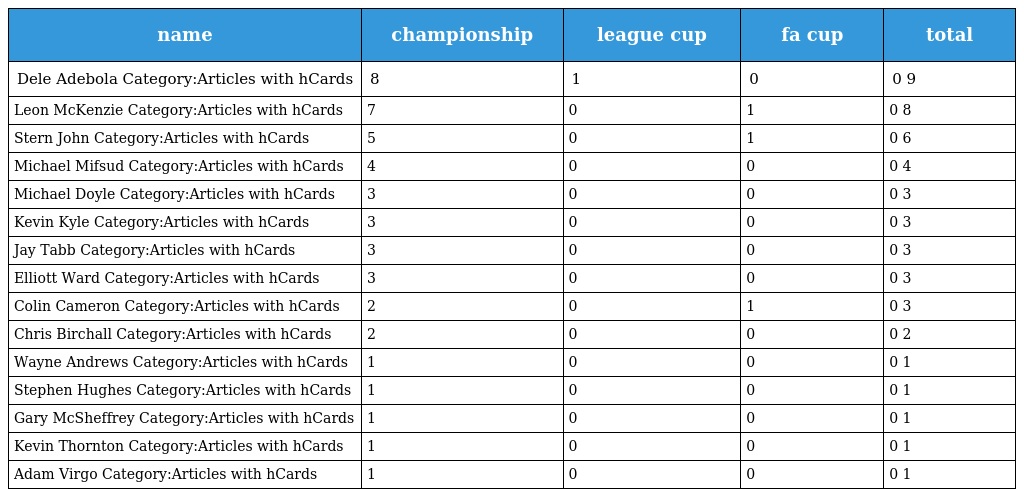
| name | championship | league cup | fa cup | total |
 | --- | --- | --- | --- | --- |
 | Dele Adebola Category:Articles with hCards | 8 | 1 | 0 | 0 9 |
 | Leon McKenzie Category:Articles with hCards | 7 | 0 | 1 | 0 8 |
 | Stern John Category:Articles with hCards | 5 | 0 | 1 | 0 6 |
 | Michael Mifsud Category:Articles with hCards | 4 | 0 | 0 | 0 4 |
 | Michael Doyle Category:Articles with hCards | 3 | 0 | 0 | 0 3 |
 | Kevin Kyle Category:Articles with hCards | 3 | 0 | 0 | 0 3 |
 | Jay Tabb Category:Articles with hCards | 3 | 0 | 0 | 0 3 |
 | Elliott Ward Category:Articles with hCards | 3 | 0 | 0 | 0 3 |
 | Colin Cameron Category:Articles with hCards | 2 | 0 | 1 | 0 3 |
 | Chris Birchall Category:Articles with hCards | 2 | 0 | 0 | 0 2 |
 | Wayne Andrews Category:Articles with hCards | 1 | 0 | 0 | 0 1 |
 | Stephen Hughes Category:Articles with hCards | 1 | 0 | 0 | 0 1 |
 | Gary McSheffrey Category:Articles with hCards | 1 | 0 | 0 | 0 1 |
 | Kevin Thornton Category:Articles with hCards | 1 | 0 | 0 | 0 1 |
 | Adam Virgo Category:Articles with hCards | 1 | 0 | 0 | 0 1 |